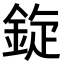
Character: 𫒡